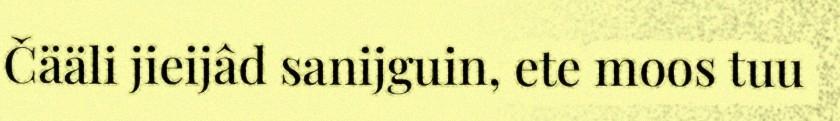
Čääli jieijâd sanijguin, ete moos tuu